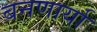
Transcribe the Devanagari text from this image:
बनणार्या